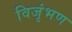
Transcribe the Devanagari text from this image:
विजृंभण